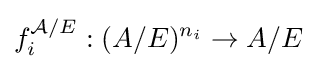
f_{i}^{{\mathcal {A}}/E}:(A/E)^{n_{i}}\to A/E